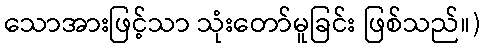
သောအားဖြင့်သာ သုံးတော်မူခြင်း ဖြစ်သည်။)